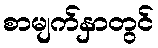
စာမျက်နှာတွင်